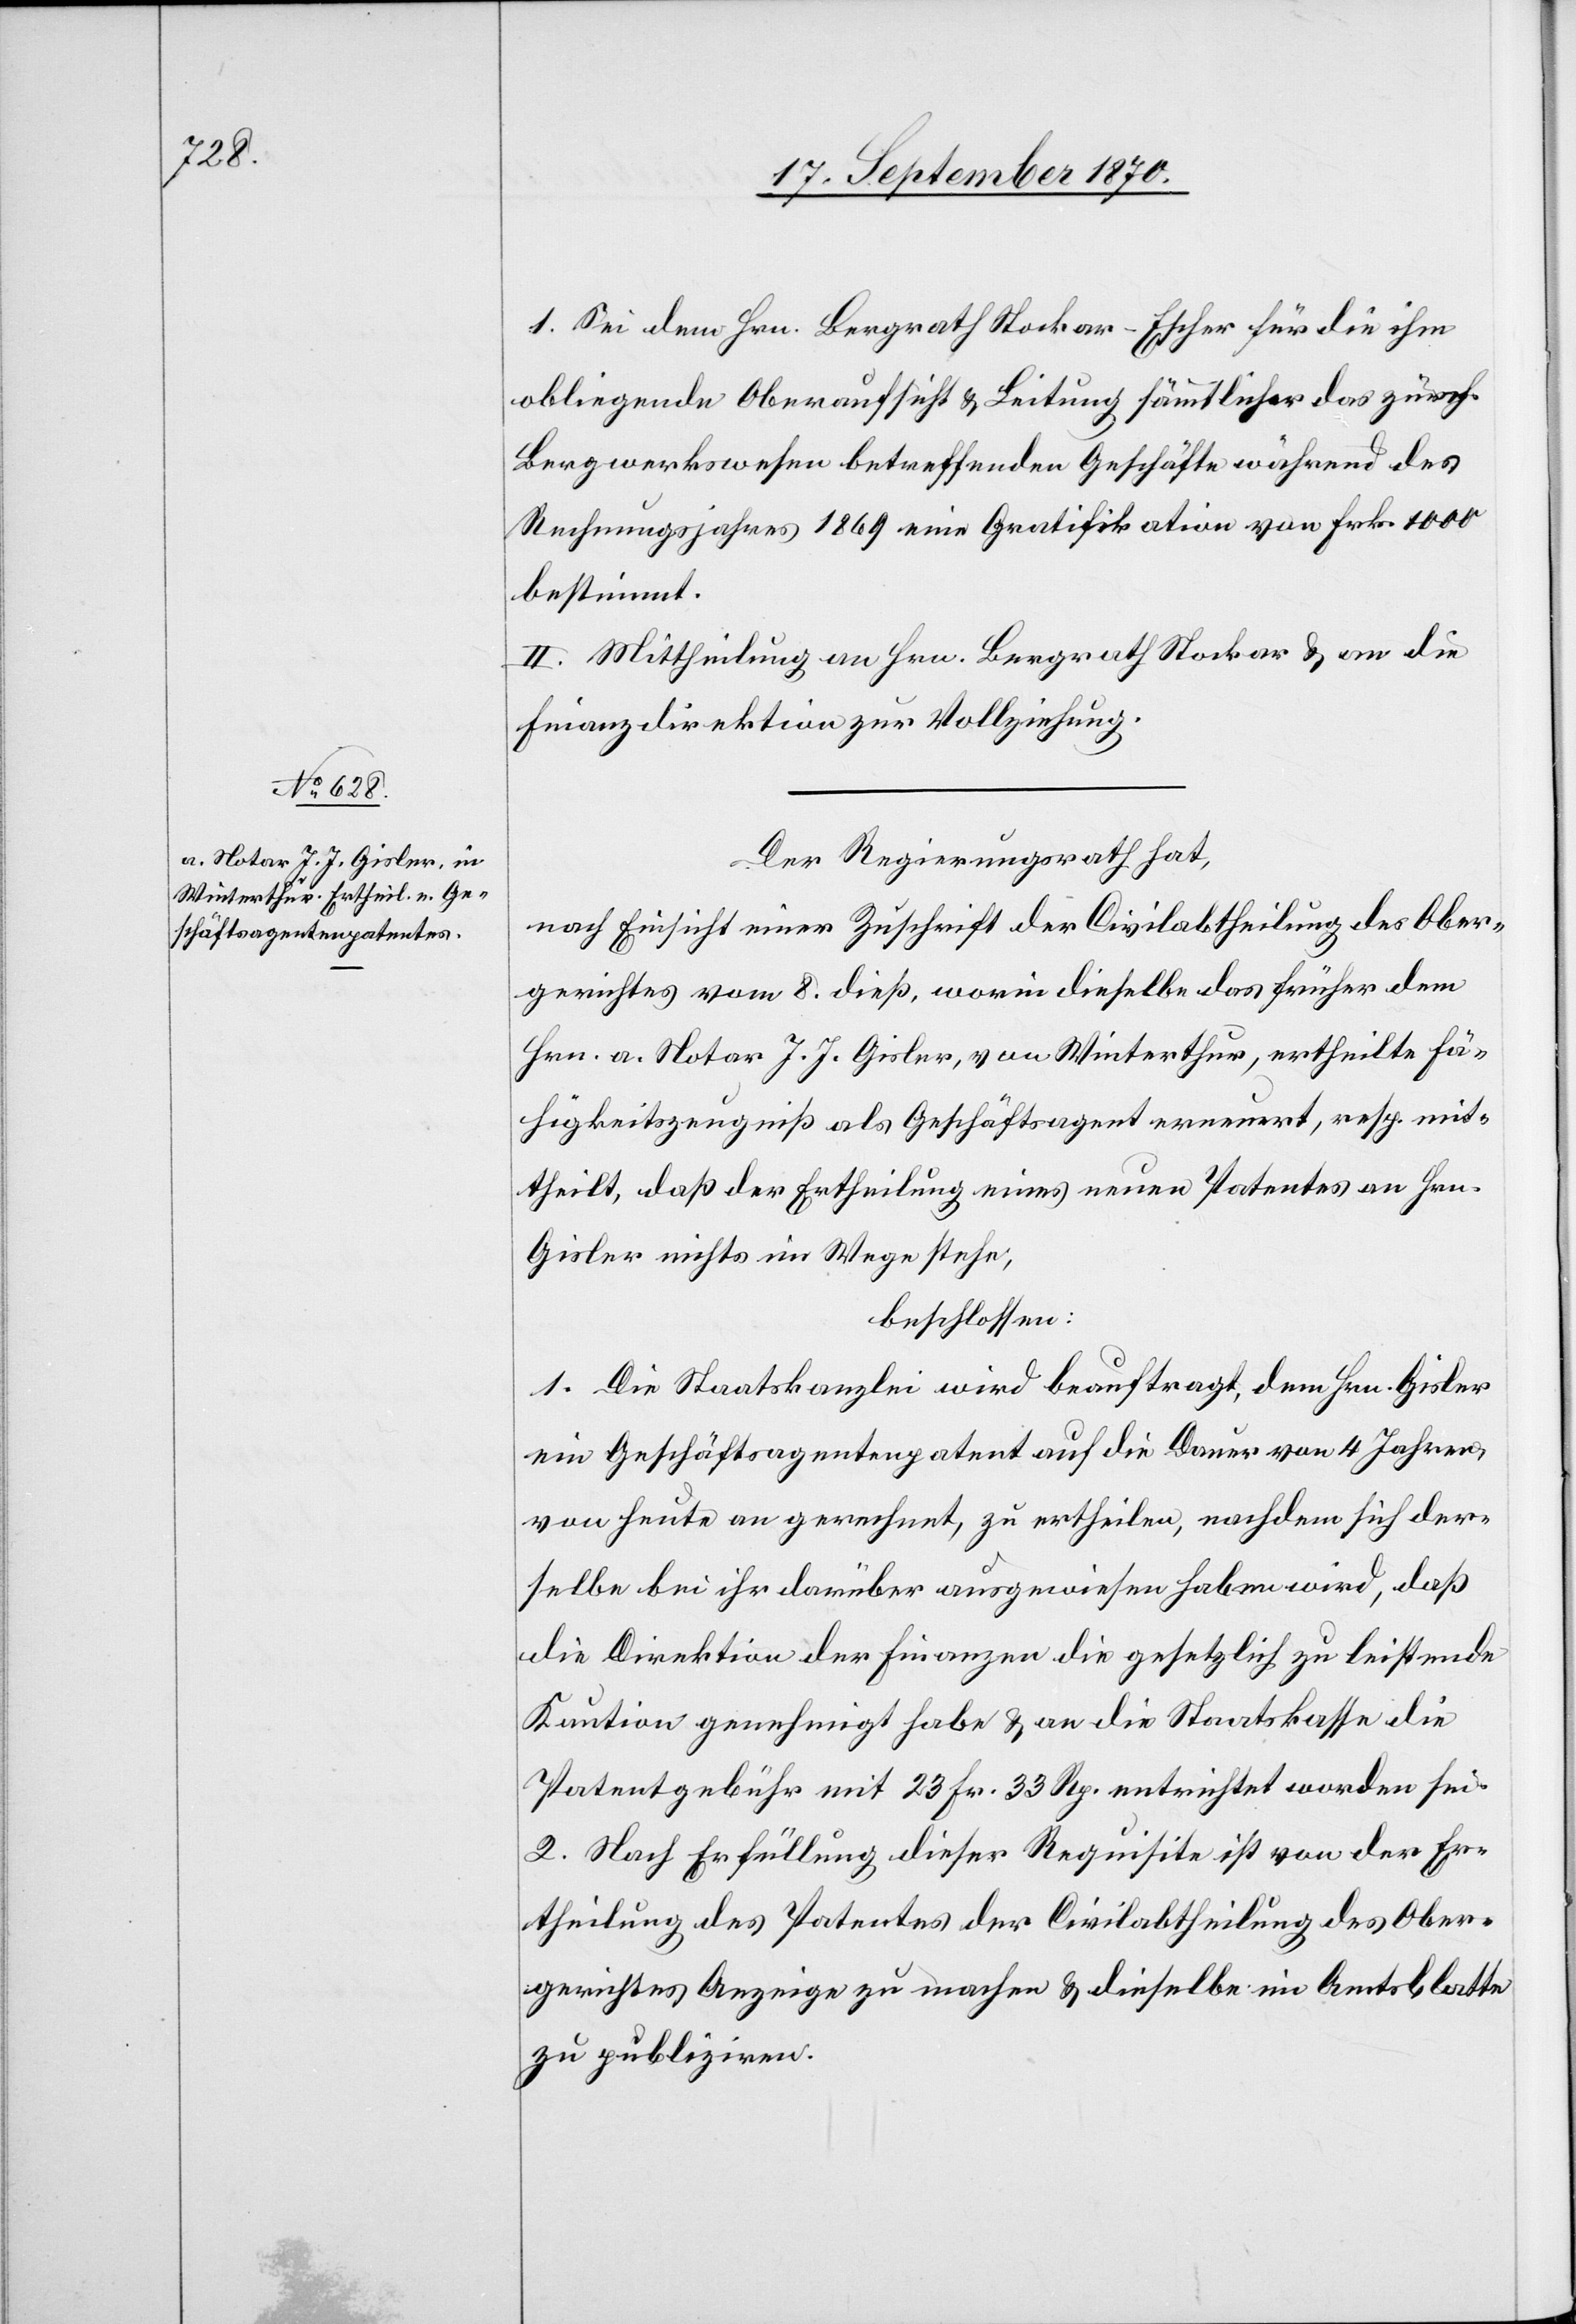
1. Sei dem Hrn. Bergrath Stockar-Escher für die ihm
obliegende Oberaufsicht & Leitung sämmtlicher das zürch.
Bergwerkswesen betreffenden Geschäfte während des
Rechnungsjahres 1869 eine Gratifikation von Frk. 1000
bestimmt.
Mittheilung an Hrn. Bergrath Stockar & an die
Finanzdirektion zur Vollziehung.
Der Regierungsrath hat,
nach Einsicht einer Zuschrift der Civilabtheilung des Ober¬
gerichtes vom 8. dieß, worin dieselbe das früher dem
Hrn. a. Notar J. J. Gisler, von Winterthur, ertheilte Fä¬
higkeitszeugniß als Geschäftsagent erneuert, resp. mit¬
theilt, daß der Ertheilung eines neuen Patentes an G¬
isler nichts im Wege stehe,
beschlossen:
1. Die Staatskanzlei wird beauftragt, dem Hrn. Gisler
ein Geschäftsagentenpatent auf die Dauer von 4 Jahren
von heute an gerechnet, zu ertheilen, nachdem sich der¬
selbe bei ihr darüber ausgewiesen haben wird, daß
die Direktion der Finanzen die gesetzlich zu leistende
Kaution genehmigt habe & an die Staatskasse die
Patentgebühr mit 23 Fr. 33 Rp. entrichtet worden sei.
2. Nach Erfüllung dieser Requisite ist von der Er¬
theilung des Patentes der Civilabtheilung des Ober¬
gerichtes Anzeige zu machen & dieselbe im Amtsblatte
zu publiziren.